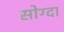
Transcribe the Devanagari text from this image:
सोग्दा